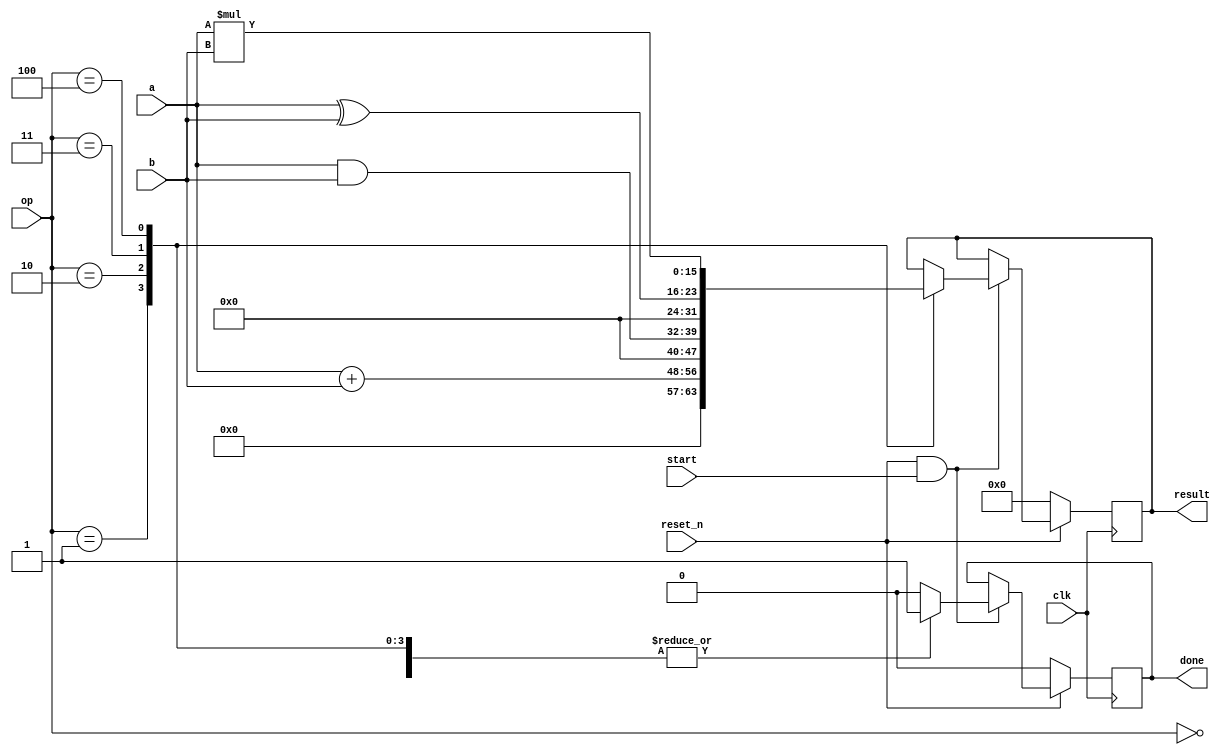
module ALU_Project (start,  clk, reset_n, op, a, b, done, result);
input start,  clk, reset_n;
input [2:0] op;
input [7:0] a, b;
output reg done;
output reg [15:0] result;

parameter NOP = 3'b000;
parameter Add = 3'b001;
parameter And = 3'b010;
parameter XOR = 3'b011;
parameter Mul = 3'b100;


always@ (posedge clk)
if (!reset_n)
begin 
	done <= 1'b0;
	result <= 0;
end

else if (reset_n & start)
begin 
	case (op)
	NOP: begin 	result = result; done = 1'b1; 	end
	Add: begin 	result = a + b; done = 1'b1; 	end 
	And: begin 	result = a & b; done = 1'b1; 	end
	XOR: begin 	result = a ^ b; done = 1'b1; 	end
	Mul: begin 	result = a * b; done = 1'b1; 	end
	default: begin 	result = result; done = 1'b0; 	end
	endcase 
end
endmodule